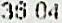
36.04